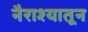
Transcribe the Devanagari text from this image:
नैराश्यातून